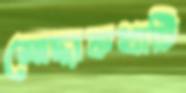
মোদ্দাকথাটি